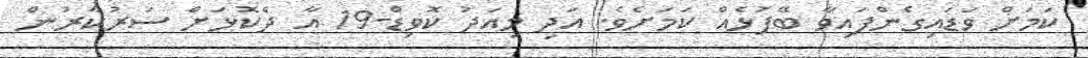
ކަމަށް ވަޑައިގެންފައިވާ ބޭފުޅެއް ކަމަށެވެ. އަދި މިއަދު ކޮވިޑް-19 އާ ދެކޮޅަށް ސަރުކާރުން